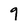
Character: 9